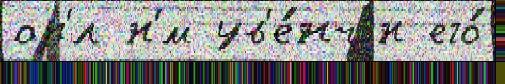
ор'́л н'́м ув'е́нчан его́